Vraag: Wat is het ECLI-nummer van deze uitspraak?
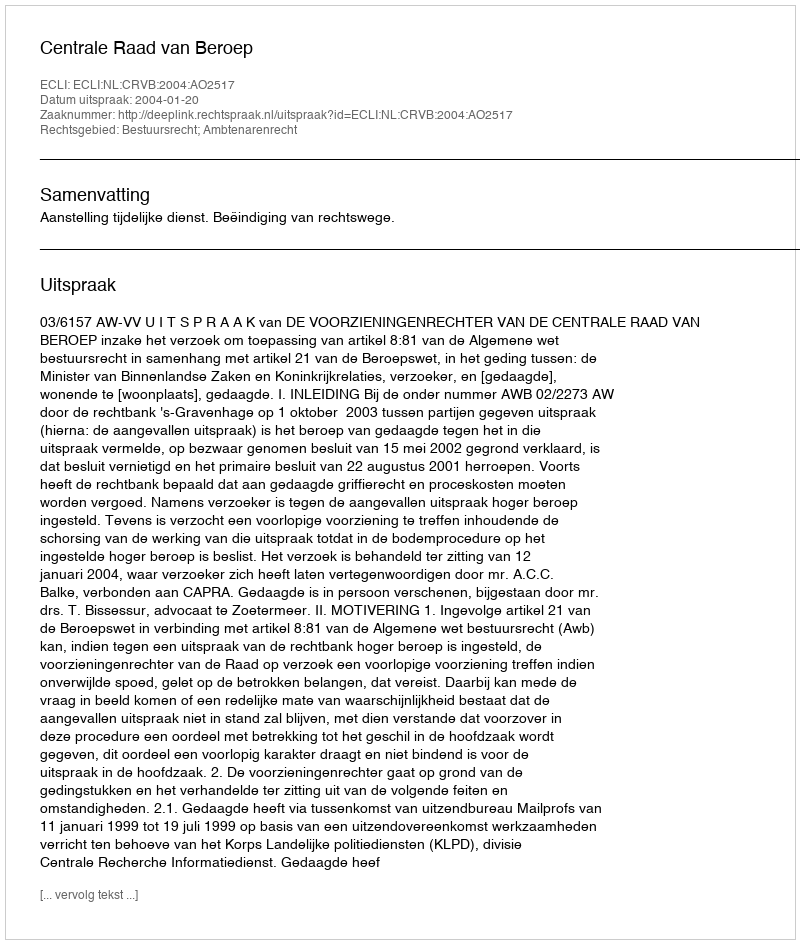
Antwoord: ECLI:NL:CRVB:2004:AO2517